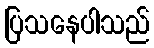
ပြသနေပါသည်